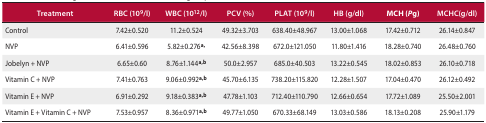
<table><thead><tr><td><b>Treatment</b></td><td><b>RBC (10<sup>9</sup>/l)</b></td><td><b>WBC (10<sup>12</sup>/l)</b></td><td><b>PCV (%)</b></td><td><b>PLAT (10<sup>9</sup>/l)</b></td><td><b>HB (g/dl)</b></td><td><b>MCH (Pg)</b></td><td><b>MCHC(g/dl)</b></td></tr></thead><tbody><tr><td>Control</td><td>7.42±0.520</td><td>11.2±0.524</td><td>49.32±3.703</td><td>638.40±48.967</td><td>13.00±1.068</td><td>17.42±0.712</td><td>26.14±0.847</td></tr><tr><td>NVP</td><td>6.41±0.596</td><td>5.82±0.276<sup>a,</sup></td><td>42.56±8.398</td><td>672.0±121.050</td><td>11.80±1.416</td><td>18.28±0.740</td><td>26.48±0.760</td></tr><tr><td>Jobelyn ± NVP</td><td>6.65±0.60</td><td>8.76±1.144<sup>a,b</sup></td><td>50.0±2.957</td><td>685.0±40.503</td><td>13.22±0.545</td><td>18.02±0.853</td><td>26.10±0.718</td></tr><tr><td>Vitamin C ± NVP</td><td>7.41±0.763</td><td>9.06±0.992<sup>a,b</sup></td><td>45.70±6.135</td><td>738.20±115.820</td><td>12.28±1.507</td><td>17.04±0.470</td><td>26.12±0.492</td></tr><tr><td>Vitamin E ± NVP</td><td>6.91±0.292</td><td>9.18±0.383<sup>a,b</sup></td><td>47.78±1.103</td><td>712.40±110.790</td><td>12.66±0.654</td><td>17.72±1.089</td><td>25.50±2.001</td></tr><tr><td>Vitamin E ± Vitamin C ± NVP</td><td>7.53±0.957</td><td>8.36±0.971<sup>a,b</sup></td><td>49.77±1.050</td><td>670.33±68.149</td><td>13.03±0.586</td><td>18.13±0.208</td><td>25.90±1.179</td></tr></tbody></table>